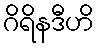
ဂိရိနဒီဟိ